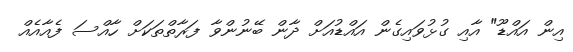
އިން އައްޑޫ" އާއި ގުޅުވައިގެން އައްޑުއަށް ދާން ބޭނުންވާ ފަރާތްތަކަށް ހާއްސަ ފެއާއެއް